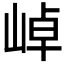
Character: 𭖭